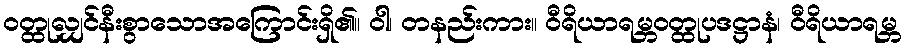
ဝတ္ထုလျှင်နီးစွာသောအကြောင်းရှိ၏။ ဝါ၊ တနည်းကား။ ဝီရိယာရမ္ဘဝတ္ထုပဒဋ္ဌာနံ၊ ဝီရိယာရမ္ဘ